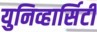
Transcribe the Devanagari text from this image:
युनिव्हार्सिटी